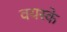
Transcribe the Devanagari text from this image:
वयस्के